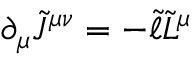
\partial _ { \mu } \tilde { J } ^ { \mu \nu } = - \tilde { \ell } \tilde { L } ^ { \mu }